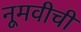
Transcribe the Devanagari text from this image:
नूमवीची